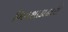
બિનશાકાહારી